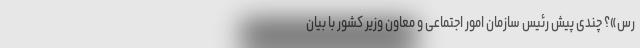
‌رس»؟ چندی پیش رئیس سازمان امور اجتماعی و معاون وزیر کشور با بیان